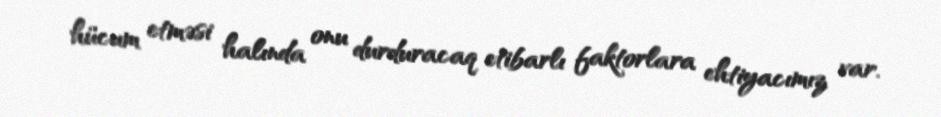
hücum etməsi halında onu durduracaq etibarlı faktorlara ehtiyacımız var.